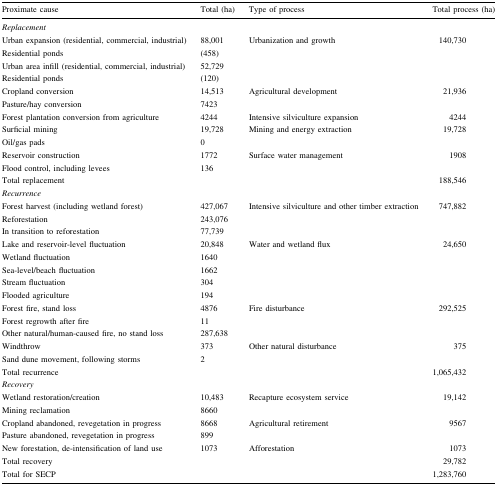
| Proximate cause | Total (ha) | Type of process | Total process (ha) |
 | --- | --- | --- | --- |
 | <COLSPAN=4> Replacement |
 | Urban expansion (residential, commercial, industrial) | 88,001 | Urbanization and growth | 140,730 |
 | Residential ponds | (458) |  |  |
 | Urban area infill (residential, commercial, industrial) | 52,729 |  |  |
 | Residential ponds | (120) |  |  |
 | Cropland conversion | 14,513 | Agricultural development | 21,936 |
 | Pasture/hay conversion | 7423 |  |  |
 | Forest plantation conversion from agriculture | 4244 | Intensive silviculture expansion | 4244 |
 | Surficial mining | 19,728 | Mining and energy extraction | 19,728 |
 | Oil/gas pads | 0 |  |  |
 | Reservoir construction | 1772 | Surface water management | 1908 |
 | Flood control, including levees | 136 |  |  |
 | Total replacement |  |  | 188,546 |
 | <COLSPAN=4> Recurrence |
 | Forest harvest (including wetland forest) | 427,067 | Intensive silviculture and other timber extraction | 747,882 |
 | Reforestation | 243,076 |  |  |
 | In transition to reforestation | 77,739 |  |  |
 | Lake and reservoir-level fluctuation | 20,848 | Water and wetland flux | 24,650 |
 | Wetland fluctuation | 1640 |  |  |
 | Sea-level/beach fluctuation | 1662 |  |  |
 | Stream fluctuation | 304 |  |  |
 | Flooded agriculture | 194 |  |  |
 | Forest fire, stand loss | 4876 | Fire disturbance | 292,525 |
 | Forest regrowth after fire | 11 |  |  |
 | Other natural/human-caused fire, no stand loss | 287,638 |  |  |
 | Windthrow | 373 | Other natural disturbance | 375 |
 | Sand dune movement, following storms | 2 |  |  |
 | Total recurrence |  |  | 1,065,432 |
 | <COLSPAN=4> Recovery |
 | Wetland restoration/creation | 10,483 | Recapture ecosystem service | 19,142 |
 | Mining reclamation | 8660 |  |  |
 | Cropland abandoned, revegetation in progress | 8668 | Agricultural retirement | 9567 |
 | Pasture abandoned, revegetation in progress | 899 |  |  |
 | New forestation, de-intensification of land use | 1073 | Afforestation | 1073 |
 | Total recovery |  |  | 29,782 |
 | Total for SECP |  |  | 1,283,760 |